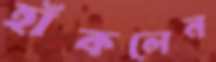
হাঁকলেন